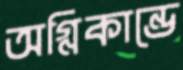
অগ্নিকান্ডে